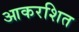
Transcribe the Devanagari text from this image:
आकरशित